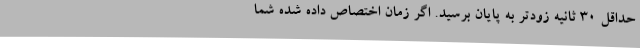
حداقل 30 ثانیه زودتر به پایان برسید. اگر زمان اختصاص داده شده شما